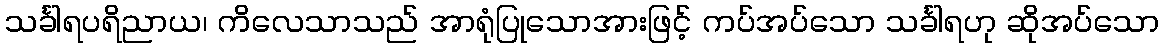
သင်္ခါရပရိညာယ၊ ကိလေသာသည် အာရုံပြုသောအားဖြင့် ကပ်အပ်သော သင်္ခါရဟု ဆိုအပ်သော